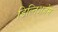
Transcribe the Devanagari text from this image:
डिल्तिअज़ेम